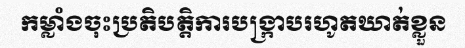
កម្លាំងចុះប្រតិបត្តិការបង្ក្រាបរហូតឃាត់ខ្លួន